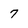
Character: 7